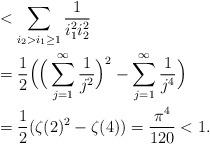
LaTeX: \begin{align*}&<\sum\limits_{i_{2}>i_{1}\ge 1}\frac{1}{i_{1}^2i_{2}^{2}}\\&=\frac{1}{2}\Big(\Big(\sum\limits_{j=1}^{\infty}\frac{1}{j^{2}}\Big)^{2}-\sum\limits_{j=1}^{\infty}\frac{1}{j^{4}}\Big)\\&=\frac{1}{2}(\zeta(2)^2 -\zeta(4))=\frac{\pi^{4}}{120}<1.\end{align*}